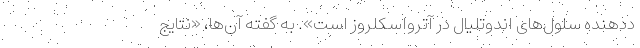
ددهنده سلول‌های اندوتلیال در آترواسکلروز است». به گفته آن‌ها، «نتایج